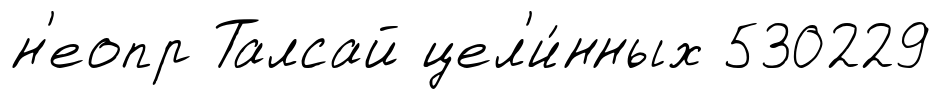
н'еопр Талсай цел'и́нных 530229